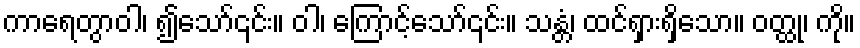
ကာရေတွာဝါ၊ ၍သော်၎င်း။ ဝါ၊ ကြောင့်သော်၎င်း။ သန္တံ၊ ထင်ရှားရှိသော။ ဝတ္ထု၊ ကို။